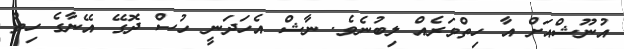
އުނޫޝްއަށް އާ ހިތްވަރެއް ލިބުނެވެ. ނާޝް އެހަދަނީ ހުސް ދޮގޭ އޭނާގެ ހިތް